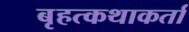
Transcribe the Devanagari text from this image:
बृहत्कथाकर्ता